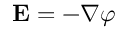
\mathbf { E } = - \nabla \varphi